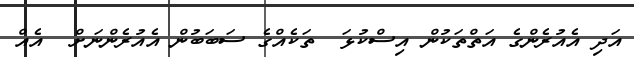
އަދި އެއުރެންގެ އަތްތަކުން އިސްކުޅަ  ތަކެއްގެ ސަބަބުން އެއުރެންނަށް  އެއް